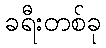
ခရီးတစ်ခု